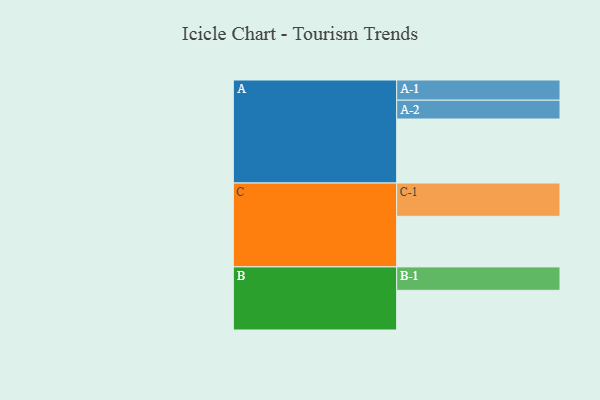
{"axis": {"x": "Segment", "y": "Value"}, "legend": ["", "A", "B", "C"], "data": [{"x": "A", "y": 558, "type": ""}, {"x": "B", "y": 346, "type": ""}, {"x": "C", "y": 441, "type": ""}, {"x": "A-1", "y": 176, "type": "A"}, {"x": "A-2", "y": 164, "type": "A"}, {"x": "B-1", "y": 204, "type": "B"}, {"x": "C-1", "y": 290, "type": "C"}]}